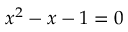
x ^ { 2 } - x - 1 = 0